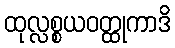
ထုလ္လစ္စယဝတ္ထုကာဒိ